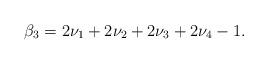
LaTeX: \begin{gather*}\beta_3= 2\nu_1+2\nu_2+2\nu_3+2\nu_4-1.\end{gather*}